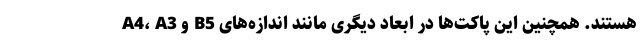
A4، A3 و B5 هستند. همچنین این پاکت‌ها در ابعاد دیگری مانند اندازه‌های